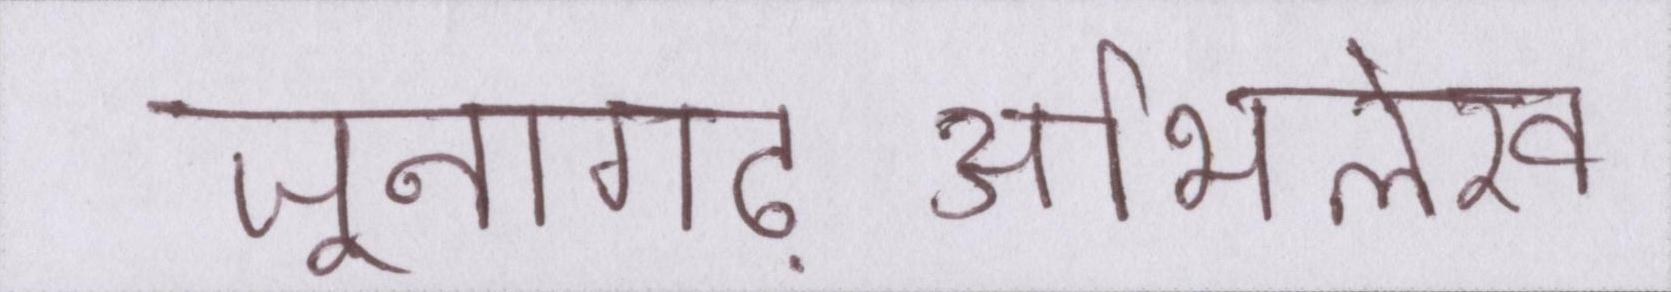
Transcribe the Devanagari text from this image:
जूनागढ़-अभिलेख